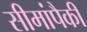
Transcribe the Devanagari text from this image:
सीमांपैकी